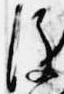
後